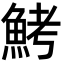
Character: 鮳